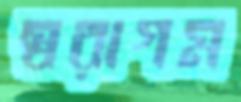
স্বরাগম